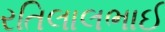
રતિલાલભાઈ